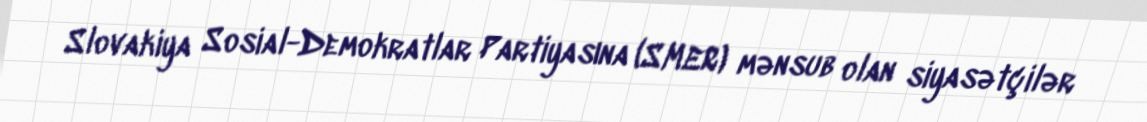
Slovakiya Sosial-Demokratlar Partiyasına (SMER) mənsub olan siyasətçilər